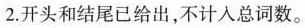
2.开头和结尾已给出，不计入总词数。